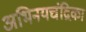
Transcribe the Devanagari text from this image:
अभिनयचंद्रिका